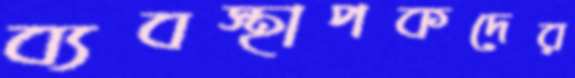
ব্যবস্থাপকদের